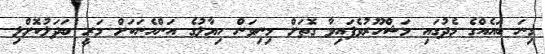
ގިނަ ބައެއްގެ މެދުގައި މަޝްހޫރުވެފައިވާ ގޮތަށް މިނިވަން ހިޔާލުގެ އަންހެނަކަށް މަރީ ބަދަލުކޮށްލި